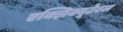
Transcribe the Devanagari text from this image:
एक्झिक्यूटेबल